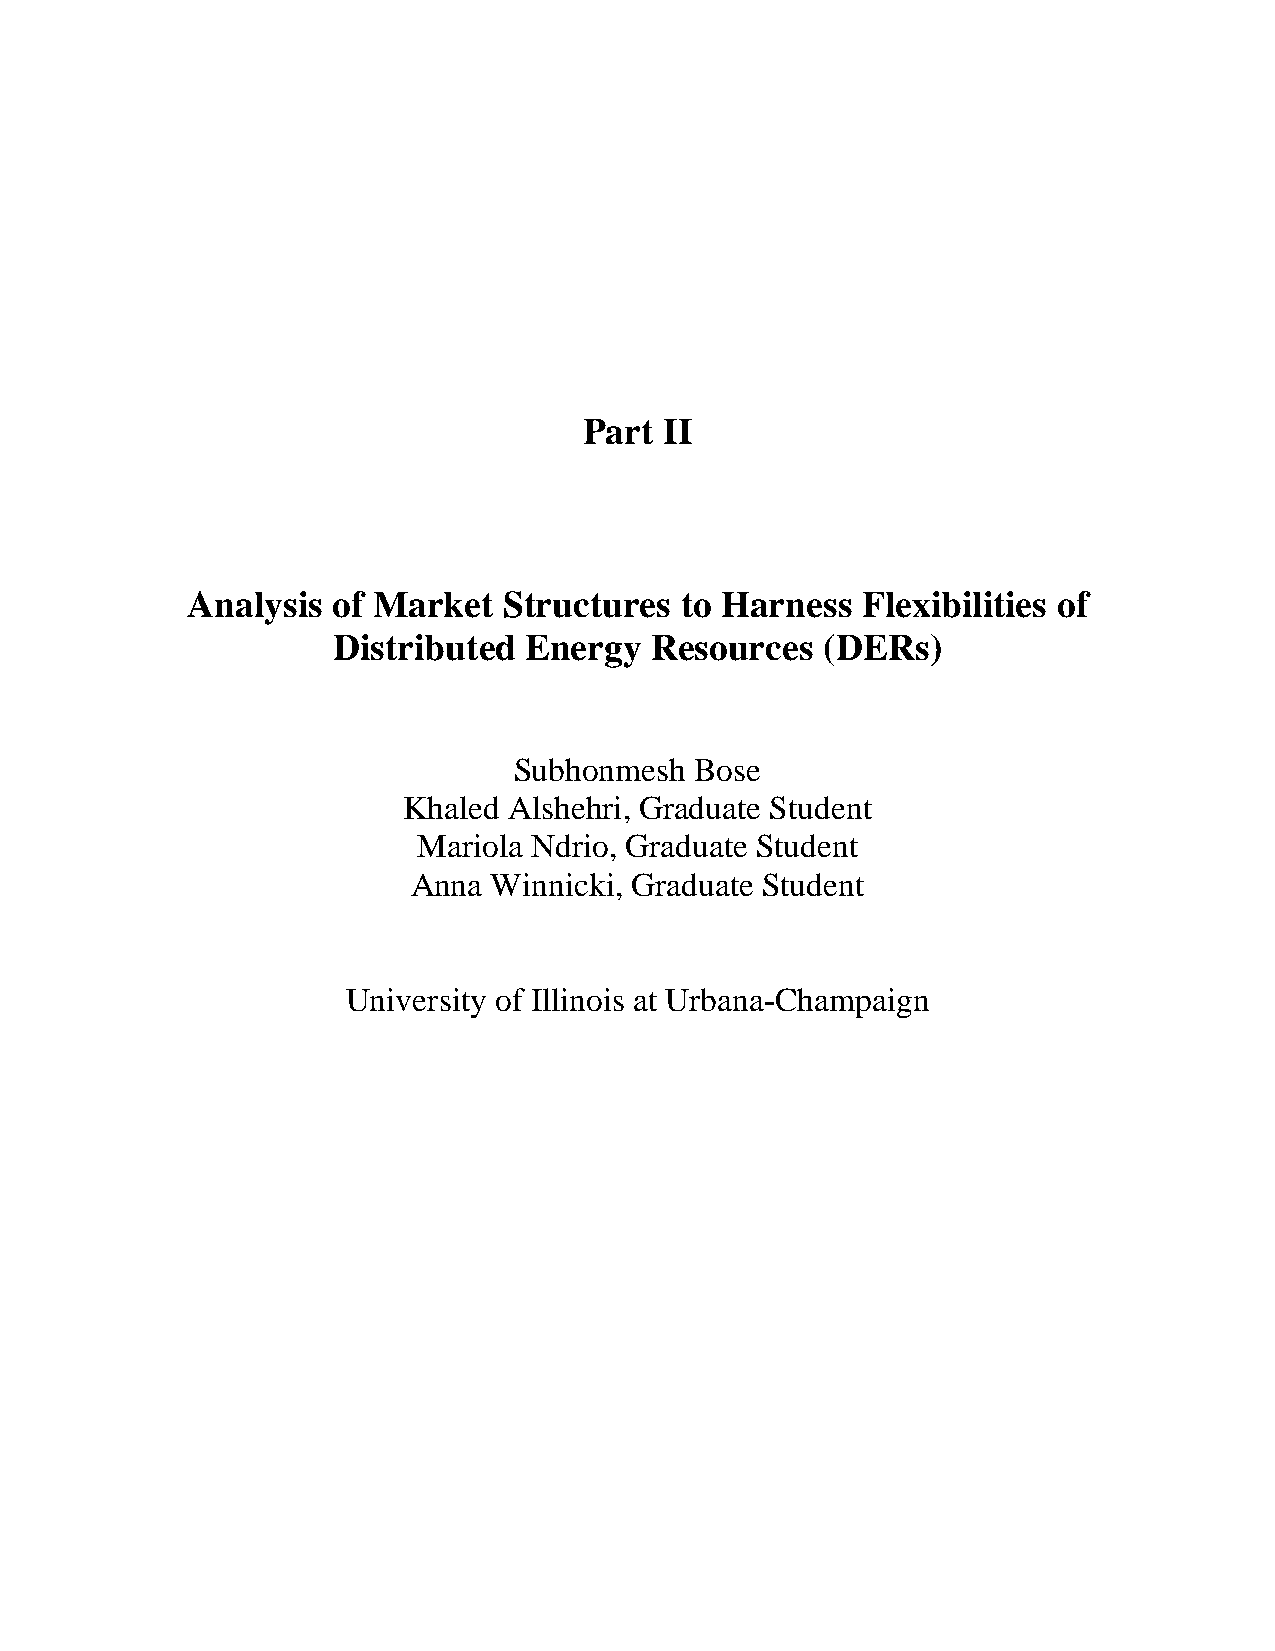
Part II
 Analysis  of Market  Structures  to Harness  Flexibilities of
 Distributed  Energy  Resources   (DERs)
 Subhonmesh  Bose
 Khaled Alshehri, Graduate Student
 Mariola Ndrio, Graduate Student
 Anna  Winnicki, Graduate Student
 University of Illinois at Urbana-Champaign